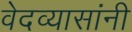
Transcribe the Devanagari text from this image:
वेदव्यासांनी